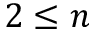
2 \leq n